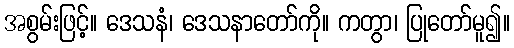
အစွမ်းဖြင့်။ ဒေသနံ၊ ဒေသနာတော်ကို။ ကတွာ၊ ပြုတော်မူ၍။